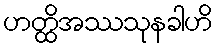
ဟတ္ထိအဿသုနခါဟိ